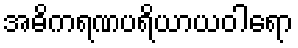
အဓိကရဏပရိယာယဝါရော